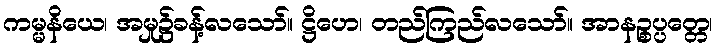
ကမ္မနိယေ၊ အမှု၌ခန့်လသော်။ ဋ္ဌိဟေ၊ တည်ကြည်လသော်။ အာနဉ္စပ္ပတ္တေ၊